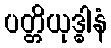
ပတ္တိယုဒ္ဓါနံ